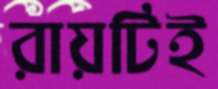
রায়টিই